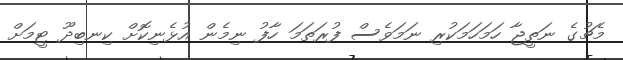
މެޗުގެ ނަތީޖާ ހަމަހަމަކުރި ނަމަވެސް ފުރަތަމަ ހާފު ނިމެން އުޅެނިކޮށް ކިނބިދޫ ޓީމަށް